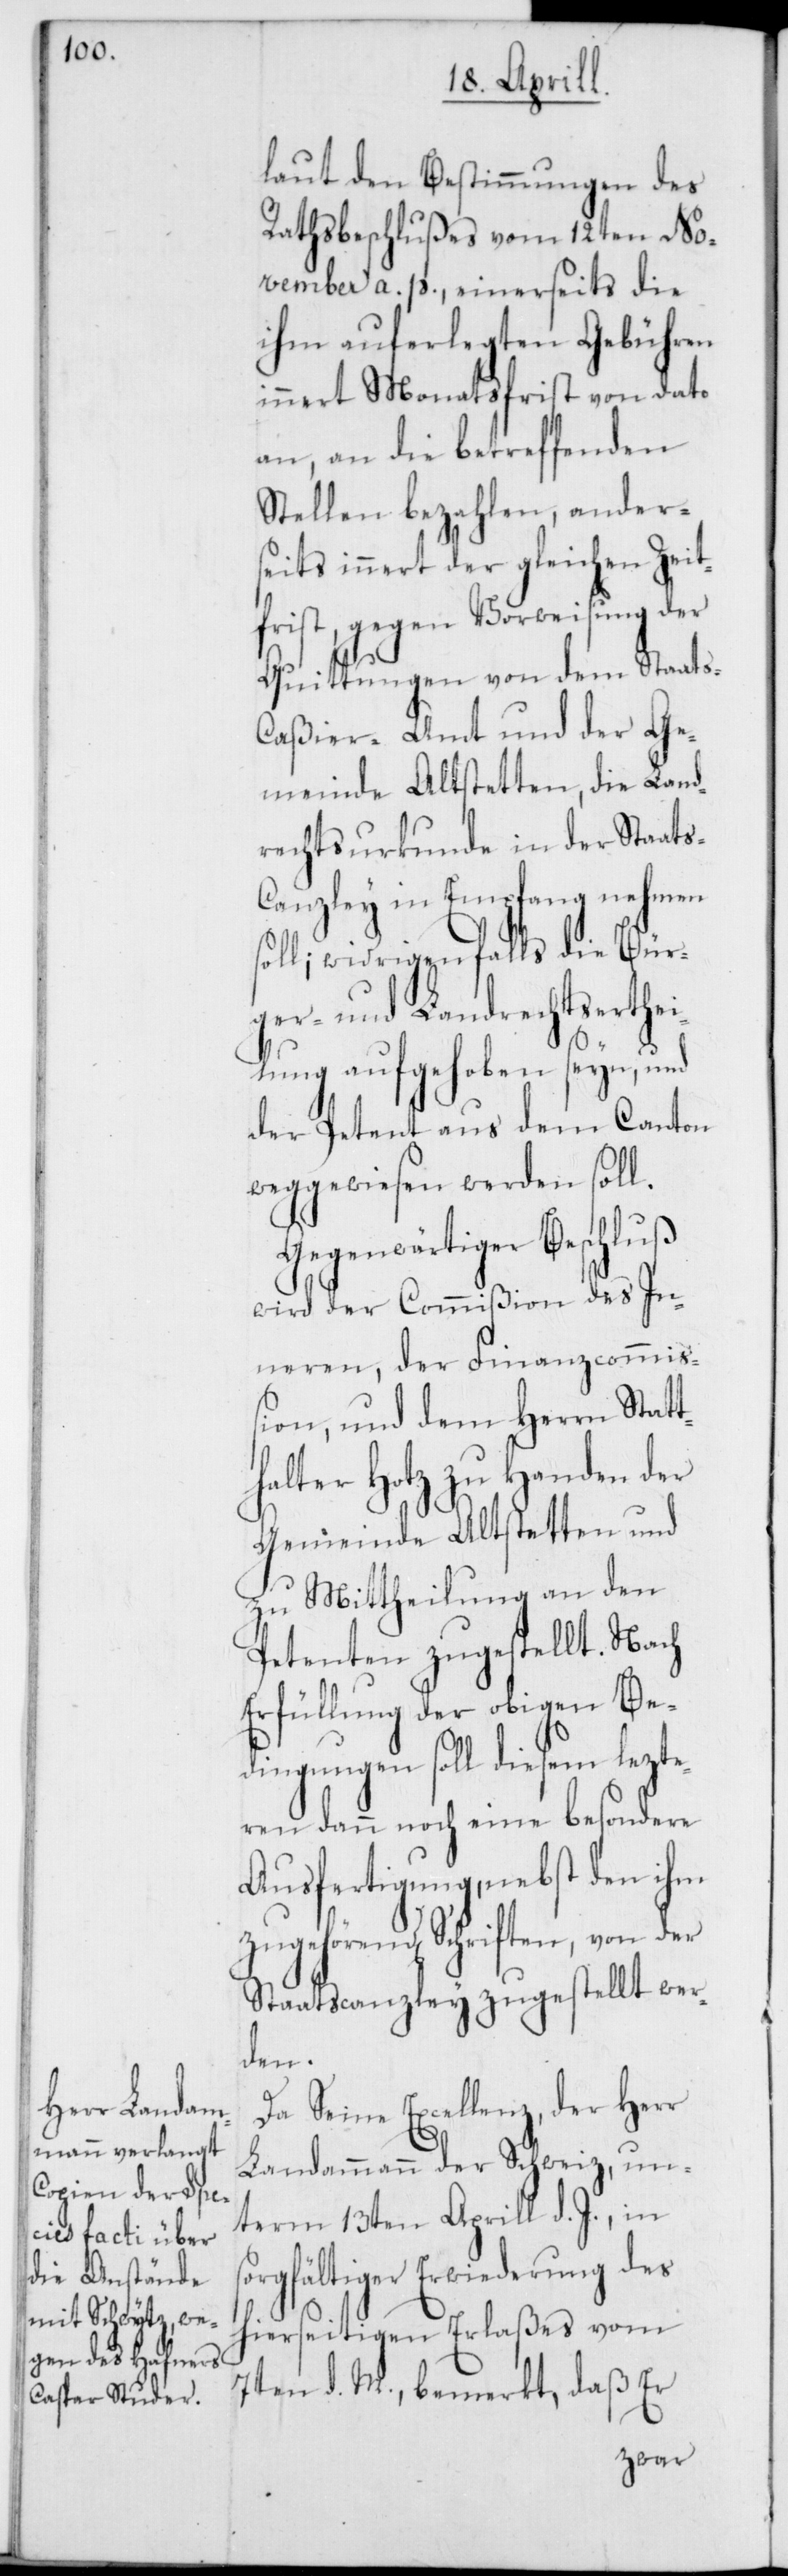
laut den Bestimmungen des
Rathsbeschlußes vom 12ten No¬
vember a. p., einerseits die
ihm auferlegten Gebühren
innert Monatsfrist von dato
an, an die betreffenden
Stellen bezahlen, ander¬
seits innert der gleichen Zeit¬
frist gegen Vorweisung der
Quittungen von dem Staats-C¬
aßier-Amt und der Ge¬
meinde Altstetten, die Land¬
rechtsurkunde in der Staat¬
s-Canzley in Empfang nehmen
soll; widrigenfalls die Bür¬
ger- und Landrechtserthe¬
ilung aufgehoben seyn, und
der Petent aus dem Canton
weggewiesen werden soll.
Gegenwärtiger Beschluß
wird der Commißion des In¬
neren, der Finanzcommiß¬
ion und dem Herrn Statt¬
halter Hotz zu Handen der
Gemeinde Altstetten und
zu Mittheilung an den
Petenten zugestellt. Nach
Erfüllung der obigen Be¬
dingungen soll diesem lezte¬
ren dann noch eine besondere
Ausfertigung, nebst den ihm
zugehörenden Schriften, von der
Staatscanzley zugestellt wer¬
den.
Da Seine Excellenz der Herr
Landammann der Schweiz un¬
term 13ten Aprill d. J., in
gfältiger Erwiederung des
hierseitigen Erlaßes vom
7ten d. M., bemerkt, daß Er
sor¬